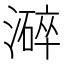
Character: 𱩌